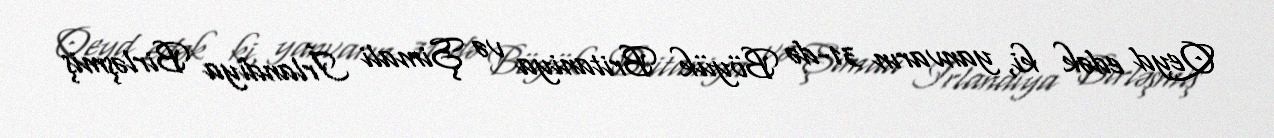
Qeyd edək ki, yanvarın 31-də Böyük Britaniya və Şimali İrlandiya Birləşmiş